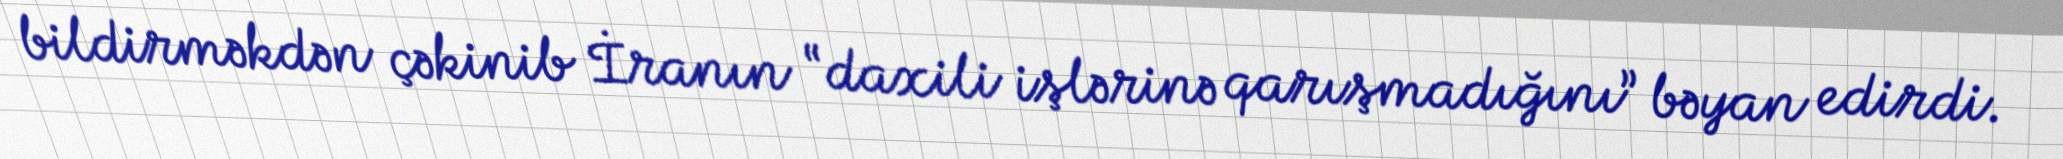
bildirməkdən çəkinib İranın “daxili işlərinə qarışmadığını” bəyan edirdi.